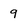
Character: 9